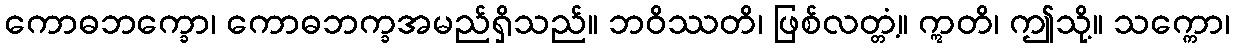
ကောဓဘက္ခော၊ ကောဓဘက္ခအမည်ရှိသည်။ ဘဝိဿတိ၊ ဖြစ်လတ္တံ့။ ဣတိ၊ ဤသို့။ သက္ကော၊